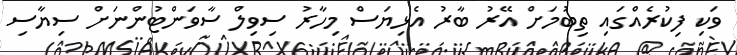
ވަކި ފިކުރެއްގައި ތިބުމަށް އޭރު ބާރު އެޅިޔަސް މިހާރު ސިވިލް ސާވަންޓުންނަށް ސިޔާސި